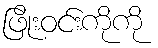
ဖြိုးဝင်းကိုကို